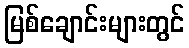
မြစ်ချောင်းများတွင်